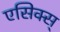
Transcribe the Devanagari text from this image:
एसिक्स्